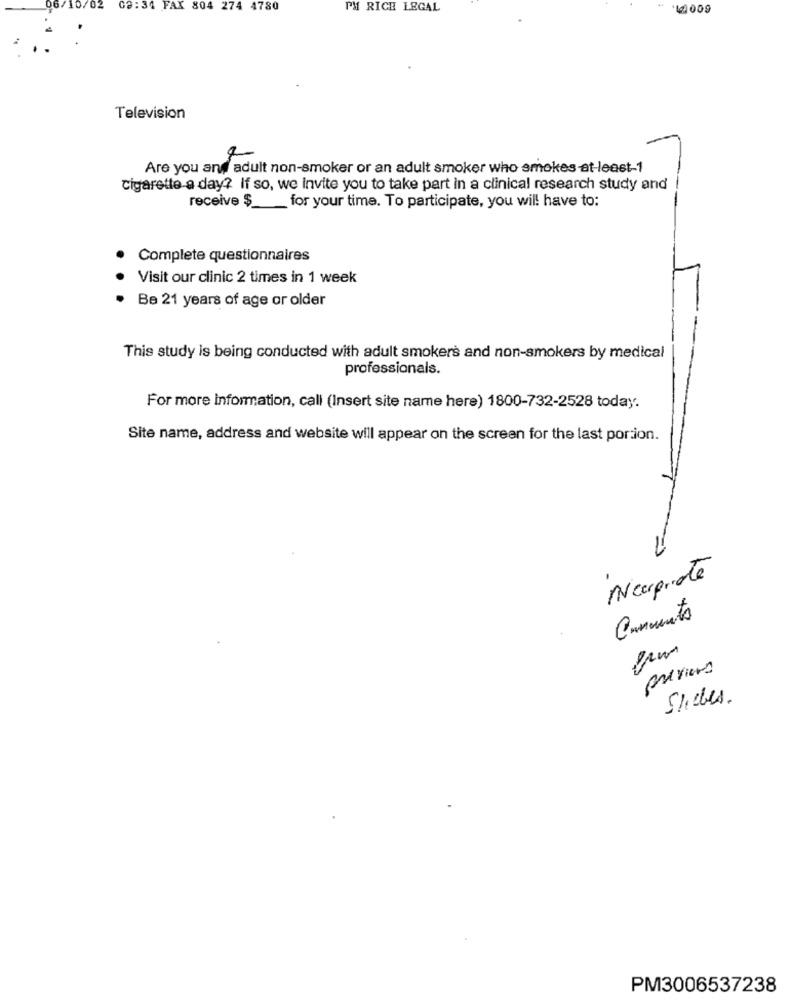
06/10/02
03:34 FAX 804 274 4780
PM RICH LEGAL
14009
Television
Are you and adult non-smoker or an adult smoker who smokes at-least-1
cigarette a day? If so, we invite you to take part in a clinical research study and
receive $_
for your time. To participate, you will have to:
Complete questionnaires
Visit our clinic 2 times in 1 week
Be 21 years of age or older
This study is being conducted with adult smokers and non-smokers by medical
professionals.
For more information, call (Insert site name here) 1800-732-2528 today.
Site name, address and website will appear on the screen for the last portion.
Ncerprete
Comments
43
préviens
Slides.
PM3006537238